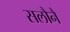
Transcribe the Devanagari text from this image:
सलौनैं